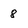
Character: 8